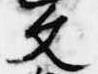
文